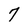
Character: 7